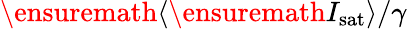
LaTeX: \ensuremath{\langle\ensuremath{I_{\mathrm{sat}}}\rangle}/\gamma